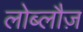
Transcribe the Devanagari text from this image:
लोब्लौज़